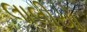
લાલીયો